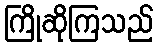
ကြိုဆိုကြသည်